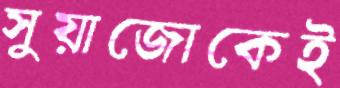
সুয়াজোকেই